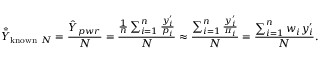
{ \hat { \bar { Y } } } _ { { \mathrm { k n o w n ~ } } N } = { \frac { { \hat { Y } } _ { p w r } } { N } } = { \frac { { \frac { 1 } { n } } \sum _ { i = 1 } ^ { n } { \frac { y _ { i } ^ { \prime } } { p _ { i } } } } { N } } \approx { \frac { \sum _ { i = 1 } ^ { n } { \frac { y _ { i } ^ { \prime } } { \pi _ { i } } } } { N } } = { \frac { \sum _ { i = 1 } ^ { n } w _ { i } y _ { i } ^ { \prime } } { N } } .